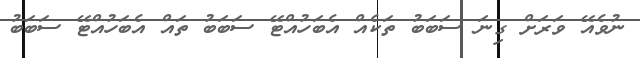
ނުވެއޭ ވަރަށް ގިނަ ސަބަބު ތަކެއް އެބަހުއްޓޭ ސަބަބު ތައް އެބަހުއްޓޭ ސަބަބު